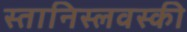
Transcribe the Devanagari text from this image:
स्तानिस्लवस्की